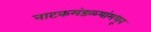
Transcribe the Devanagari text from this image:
नाटकमंडळ्यांमधून